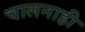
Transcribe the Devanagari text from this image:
चालनाही